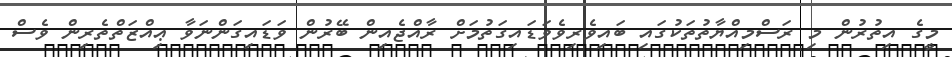
މީގެ އިތުރުން މި ރަސްމިއްޔާތުތަކުގައި ބައިވެރިވެވަޑައިގަތުމަށް ރާއްޖެއިން ބޭރުން ވަޑައިގަންނަވާ ޢިއްޒަތްތެރިން ވެސް